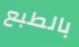
بالطبع